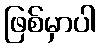
ဖြစ်မှာပါ